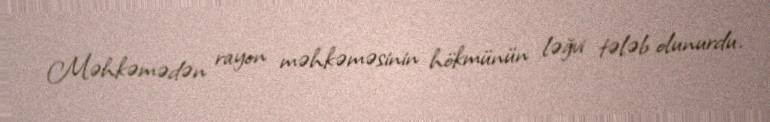
Məhkəmədən rayon məhkəməsinin hökmünün ləğvi tələb olunurdu.